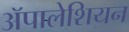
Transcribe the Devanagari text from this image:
ॲपालेशियन